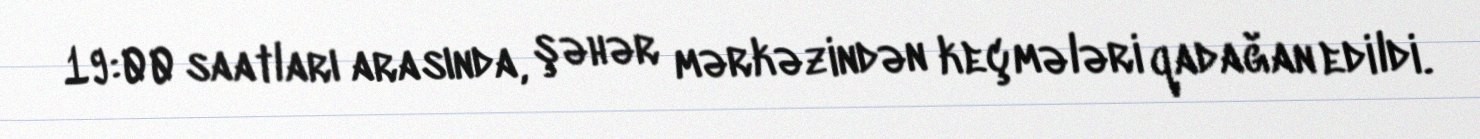
19:00 saatları arasında, şəhər mərkəzindən keçmələri qadağan edildi.